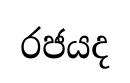
රජයද